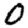
Digit: 0